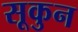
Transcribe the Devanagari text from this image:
सूकुन